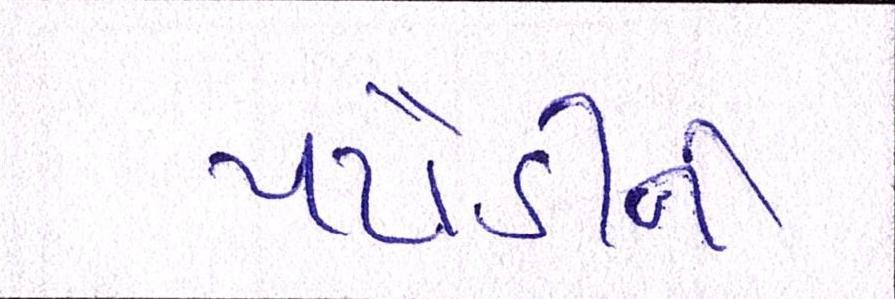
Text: પટૌડીને